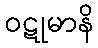
ဝဋုမာနိ